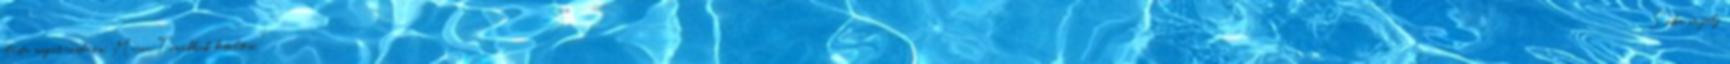
elásta magát rendesen. Mária Továbbiak betöltése. "Soha ne félj